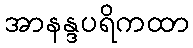
အာနန္ဒပရိကထာ